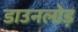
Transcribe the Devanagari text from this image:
डाउनलोड़